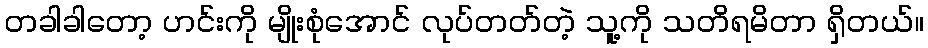
တခါခါတော့ ဟင်းကို မျိုးစုံအောင် လုပ်တတ်တဲ့ သူ့ကို သတိရမိတာ ရှိတယ်။